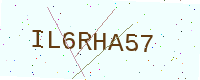
Text: IL6RHA57